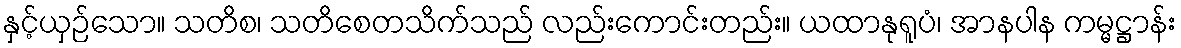
နှင့်ယှဉ်သော။ သတိစ၊ သတိစေတသိက်သည် လည်းကောင်းတည်း။ ယထာနုရူပံ၊ အာနပါန ကမ္မဋ္ဌာန်း